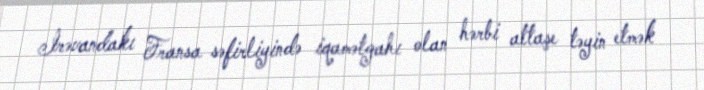
İrəvandakı Fransa səfirliyində iqamətgahı olan hərbi attaşe təyin etmək